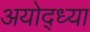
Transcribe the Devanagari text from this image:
अयोद्ध्या